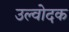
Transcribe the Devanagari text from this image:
उल्वोदक